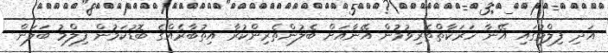
އަދި ފިލްމުގައި އޭނާ ހަރަކާތްތެރިވުމުން އޭނާއަށް ބެލުންތެރިންކުރާ އިތުބާރެއްގެ ބޮޑުކަމުން ފިލްމު ބަލަން